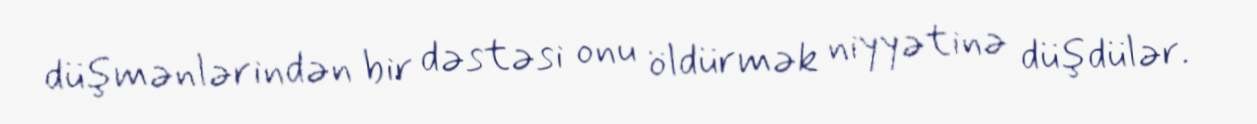
düşmənlərindən bir dəstəsi onu öldürmək niyyətinə düşdülər.